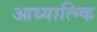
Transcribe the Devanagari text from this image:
आध्यात्म्कि